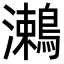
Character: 𪄠